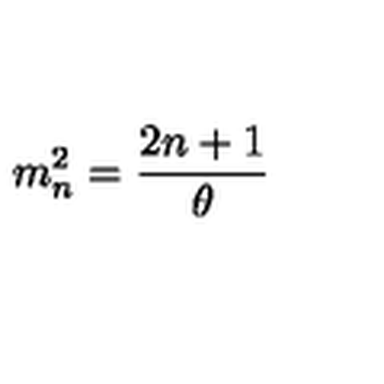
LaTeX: m _ { n } ^ { 2 } = { \frac { 2 n + 1 } { \theta } }